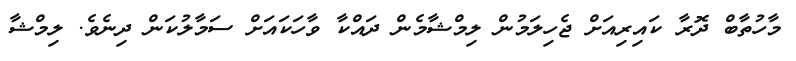
މާހުތާބް ދޮރާ ކައިރިއަށް ޖެހިލަމުން ލިމްޝާމެން ދައްކާ ވާހަކައަށް ސަމާލުކަން ދިނެވެ. ލިމްޝާ